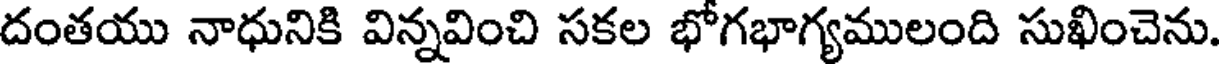
దంతయు నాధునికి విన్నవించి సకల భోగభాగ్యములంది సుఖించెను